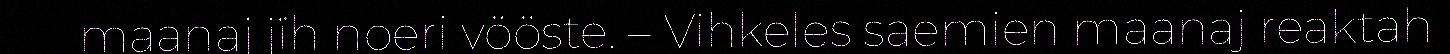
maanaj jïh noeri vööste. – Vihkeles saemien maanaj reaktah